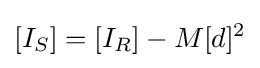
[I_{S}]=[I_{R}]-M[d]^{2}